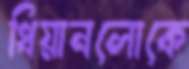
ধিয়ানলোকে